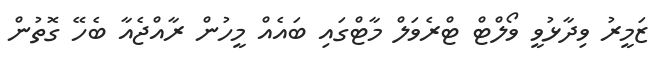
ޒަމީރު ވިދާޅުވީ ވޯލްޓް ޓްރެވަލް މާޓްގައި ބައެއް މީހުން ރާއްޖެއާ ބެހޭ ގޮތުން